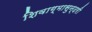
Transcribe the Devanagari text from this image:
शिवाग्मासुन्दरी